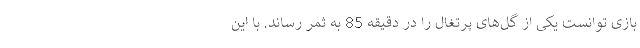
بازی توانست یکی از گل‌های پرتغال را در دقیقه 85 به ثمر رساند. با این